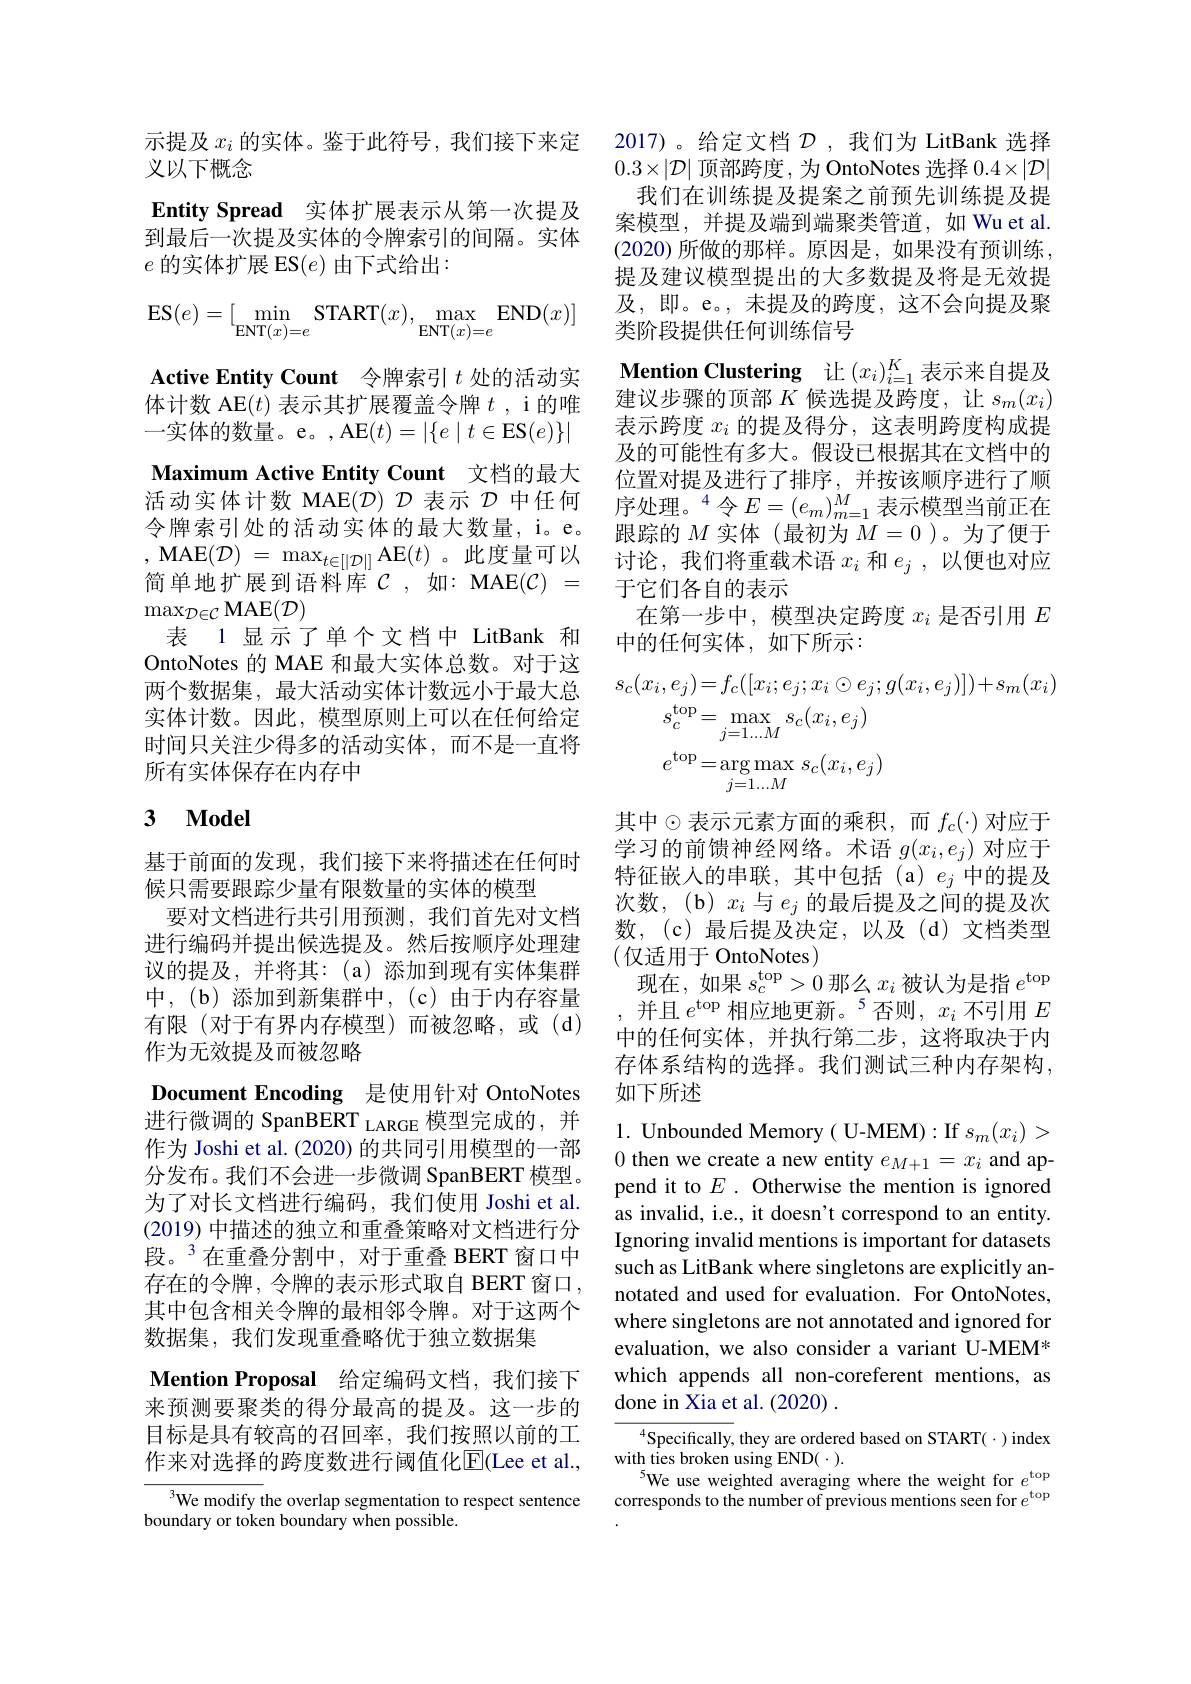
义以下概念
Entity Spread 实体扩展表示从第一次提及到最后一次提及实体的令牌索引的间隔。实体$e$ 的实体扩展 ES$(e)$ 由下式给出：
$$\mathrm{ES}(e)=[\min_{\mathrm{ENT}(x)=e}\mathrm{START}(x),\max_{\mathrm{ENT}(x)=e}\mathrm{END}(x)]$$
Active Entity Count 令牌索引$t$处的活动实体计数 AE$(t)$表示其扩展覆盖令牌$t$ ,i 的唯一实体的数量。e。,AE$(t)=|\{e\mid t\in$ES$(e)\}|$ Maximum Active Entity Count 文档的最大活动实体计数 MAE($\mathcal{D})$ $\mathcal{D}$表示$\mathcal{D}$中任何令牌索引处的活动实体的最大数量，i。e。, MAE$( \mathcal{D} )$ = $\max _{t\in [ | \mathcal{D} | ] }$AE$(t)$。此度量可以简单地扩展到语料库$C$,如：MAE$(\mathcal{C})=$ $\max_{\mathcal{D}\in\mathcal{C}}$MAE$(\mathcal{D})$
表 1 显示了单个文档中 LitBank 和OntoNotes 的 MAE 和最大实体总数。对于这两个数据集，最大活动实体计数远小于最大总实体计数。因此，模型原则上可以在任何给定时间只关注少得多的活动实体，而不是一直将所有实体保存在内存中

## 3 $\mathbf{Model}$

基于前面的发现，我们接下来将描述在任何时
候只需要跟踪少量有限数量的实体的模型
要对文档进行共引用预测，我们首先对文档进行编码并提出候选提及。然后按顺序处理建议的提及，并将其：(a)添加到现有实体集群中，(b) 添加到新集群中，(c)由于内存容量有限(对于有界内存模型)而被忽略，或(d) 作为无效提及而被忽略
Document Encoding 是使用针对 OntoNotes 进行微调的 SpanBERT LARGE 模型完成的，并作为 Joshi et al. (2020) 的共同引用模型的一部分发布。我们不会进一步微调 SpanBERT 模型。为了对长文档进行编码，我们使用 Joshi et al. (2019)中描述的独立和重叠策略对文档进行分段。$^{3}$在重叠分割中，对于重叠 BERT 窗口中存在的令牌，令牌的表示形式取自 BERT 窗口， 其中包含相关令牌的最相邻令牌。对于这两个数据集，我们发现重叠略优于独立数据集
Mention Proposal 给定编码文档，我们接下来预测要聚类的得分最高的提及。这一步的目标是具有较高的召回率，我们按照以前的工作来对选择的跨度数进行阈值化E(Lee et al.,

We modify the overlap segmentation to respect sentence
boundary or token boundary when possible.

示提及$x_i$的实体。鉴于此符号，我们接下来定 2017)。给定文档$\mathcal{D}$ ,我们为 LitBank 选择
$0.3\times|\mathcal{D}|$顶部跨度，为 OntoNotes 选择$0.4\times|\mathcal{D}|$
我们在训练提及提案之前预先训练提及提案模型，并提及端到端聚类管道，如 Wu et al. (2020) 所做的那样。原因是，如果没有预训练， 提及建议模型提出的大多数提及将是无效提及，即。e。,未提及的跨度，这不会向提及聚类阶段提供任何训练信号
Mention Clustering 让$(x_i)_{i=1}^K$表示来自提及建议步骤的顶部$K$候选提及跨度，让$s_m(x_i)$ 表示跨度$x_i$的提及得分，这表明跨度构成提及的可能性有多大。假设已根据其在文档中的位置对提及进行了排序，并按该顺序进行了顺序处理。$^4$令$E=(e_m)_{m=1}^M$表示模型当前正在跟踪的$M$实体(最初为$M=0$ )。为了便于讨论，我们将重载术语$x_i$和$e_j$,以便也对应于它们各自的表示
在第一步中，模型决定跨度$x_i$是否引用$E$
中的任何实体，如下所示：
$$\begin{aligned}(x_{i},e_{j})&=f_{c}([x_{i};e_{j};x_{i}\odot e_{j};g(x_{i},e_{j})])+s_{m}(x_{i})\\s_{c}^{\mathrm{top}}&=\max_{j=1...M}s_{c}(x_{i},e_{j})\\e^{\mathrm{top}}&=\arg\max_{j=1...M}s_{c}(x_{i},e_{j})\end{aligned}$$
其中$\odot$表示元素方面的乘积，而$f_c(\cdot)$对应于学习的前馈神经网络。术语$g(x_i,e_j)$对应于特征嵌入的串联，其中包括(a)$e_j$中的提及次数，(b) $x_i$与$e_j$的最后提及之间的提及次数，(c)最后提及决定，以及(d)文档类型(仅适用于 OntoNotes)
现在，如果$s_c^\mathrm{top}>0$那么$x_i$被认为是指$e^\mathrm{top}$ ,并且$e^\mathrm{top}$相应地更新。5否则$,x_i$ 不引用 $E$ 中的任何实体，并执行第二步，这将取决于内存体系结构的选择。我们测试三种内存架构， 如下所述

1. Unbounded Memory( U-MEM):If $s_m(x_i)>$ 0 then we create a new entity $e_{M+1}=x_i$ and append it to $E$ . Otherwise the mention is ignored as invalid, i.e., it doesn't correspond to an entity. Ignoring invalid mentions is important for datasets such as LitBank where singletons are explicitly annotated and used for evaluation. For OntoNotes, where singletons are not annotated and ignored for evaluation, we also consider a variant U-MEM* which appends all non-coreferent mentions, as done in Xia et al. (2020) .

${^{4}\text{Specifically}}$,they are ordered based on START($\cdot)$ index
${\mathrm{with~ties~broken~using~END}(\cdot).}$
$^{5}$We use weighted averaging where the weight for $e^\mathrm{top}$ corresponds to the number of previous mentions seen for $e^\mathrm{top}$